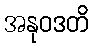
အနုဝဒတိ